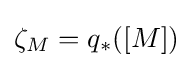
\zeta _{M}=q_{*}([M])